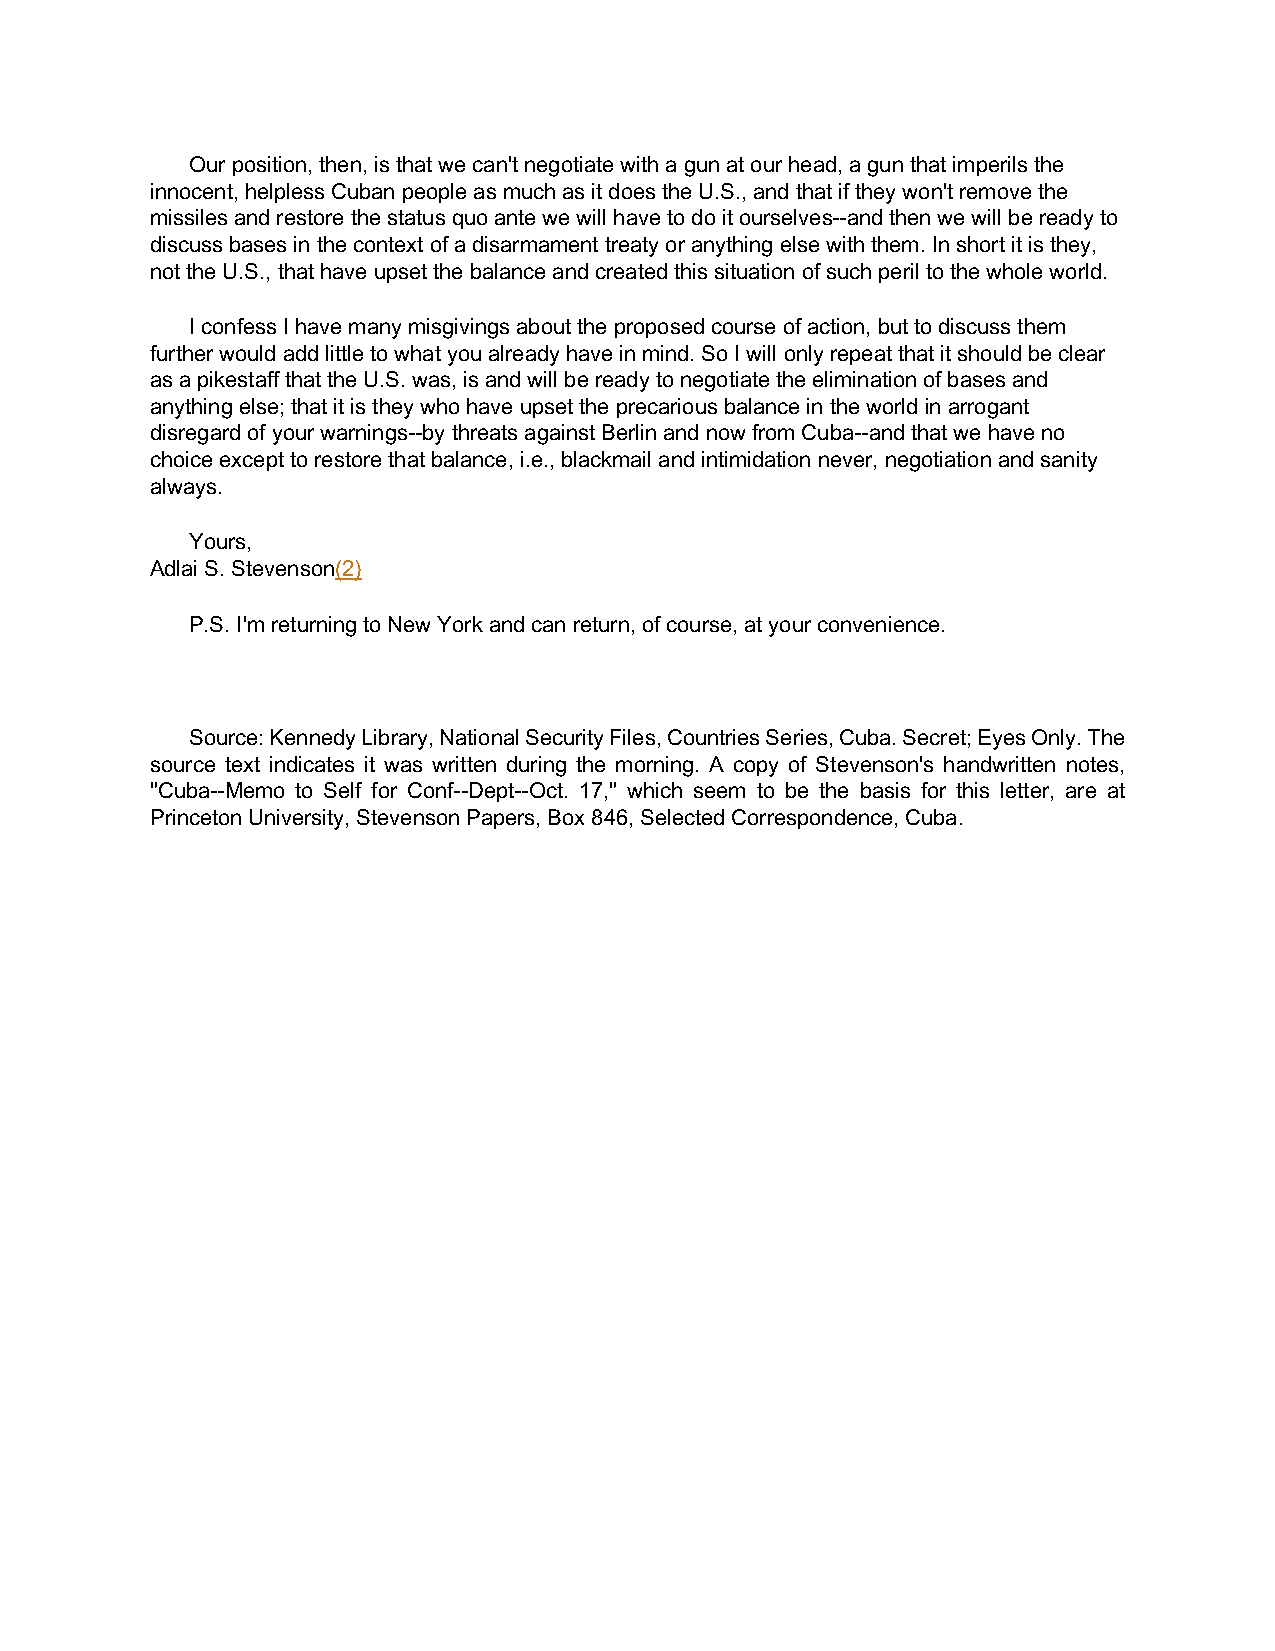
Our position, then, is that we can't negotiate with a gun at our head, a gun that imperils the
 innocent, helpless Cuban people as much as it does the U.S., and that if they won't remove the
 missiles and restore the status quo ante we will have to do it ourselves--and then we will be ready to
 discuss bases in the context of a disarmament treaty or anything else with them. In short it is they,
 not the U.S., that have upset the balance and created this situation of such peril to the whole world.
 I confess I have many misgivings about the proposed course of action, but to discuss them
 further would add little to what you already have in mind. So I will only repeat that it should be clear
 as a pikestaff that the U.S. was, is and will be ready to negotiate the elimination of bases and
 anything else; that it is they who have upset the precarious balance in the world in arrogant
 disregard of your warnings--by threats against Berlin and now from Cuba--and that we have no
 choice except to restore that balance, i.e., blackmail and intimidation never, negotiation and sanity
 always.
 Yours,
 Adlai S. Stevenson(2)
 P.S. I'm returning to New York and can return, of course, at your convenience.
 Source: Kennedy Library, National Security Files, Countries Series, Cuba. Secret; Eyes Only. The
 source text indicates it was written during the morning. A copy of Stevenson's handwritten notes,
 "Cuba--Memo to Self for Conf--Dept--Oct. 17," which seem to be the basis for this letter, are at
 Princeton University, Stevenson Papers, Box 846, Selected Correspondence, Cuba.